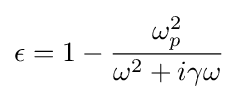
\epsilon =1-{\frac {\omega _{p}^{2}}{\omega ^{2}+i\gamma \omega }}